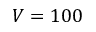
V = 1 0 0